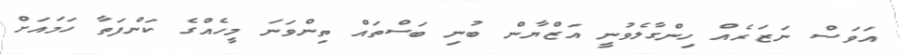
އަވަސް ނަޒަރެއް ހިންގާލެވުނީ އަޒްޔާން ބުނި ބަސްތައް ތިންވަނަ މީހެއްގެ ކަންފަތާ ހަމައަށް